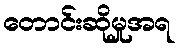
တောင်းဆိုမှုအရ